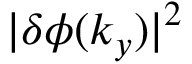
| \delta \phi ( k _ { y } ) | ^ { 2 }